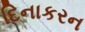
દિનાકરન